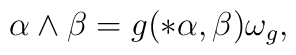
\alpha\wedge\beta=g(*\alpha,\beta)\omega_g,